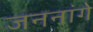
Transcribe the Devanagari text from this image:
जननांगे